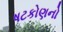
ષટકોણનો